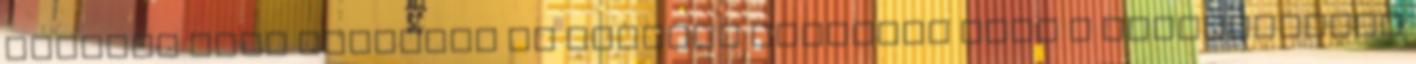
egyszer csak elmennek az olvasók ugyanúgy mint a Bombagyátról